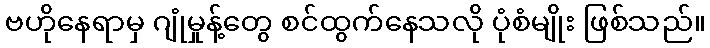
ဗဟိုနေရာမှ ဂျုံမှုန့်တွေ စင်ထွက်နေသလို ပုံစံမျိုး ဖြစ်သည်။